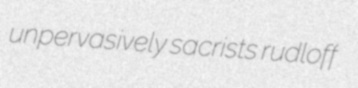
unpervasively sacrists rudloff